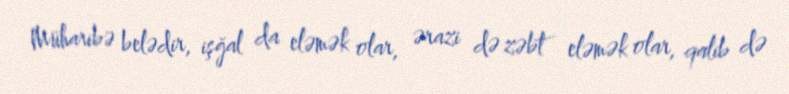
Müharibə belədir, işğal da eləmək olar, ərazi də zəbt eləmək olar, qalib də